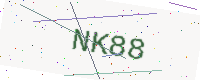
Text: NK88